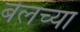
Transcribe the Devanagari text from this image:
बेलच्या